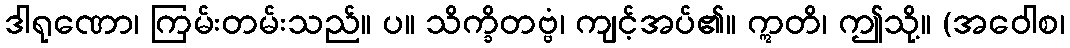
ဒါရုဏော၊ ကြမ်းတမ်းသည်။ ပ။ သိက္ခိတဗ္ဗံ၊ ကျင့်အပ်၏။ ဣတိ၊ ဤသို့။ (အဝေါစ၊